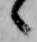
々